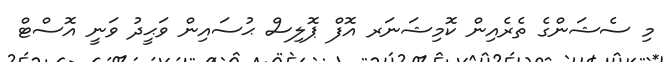
މި ސެޝަންގެ ތެރެއިން ކޮމިޝަނަރ އޮފް ޕޮލިސް ޙުސައިން ވަޙީދު ވަނީ އޮސްޓް